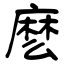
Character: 麽